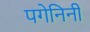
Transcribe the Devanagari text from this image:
पगेनिनी